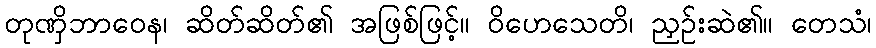
တုဏှိဘာဝေန၊ ဆိတ်ဆိတ်၏ အဖြစ်ဖြင့်။ ဝိဟေသေတိ၊ ညှဉ်းဆဲ၏။ တေသံ၊